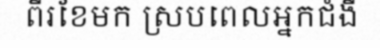
ពីរខែមក ស្របពេលអ្នកជំងឺ